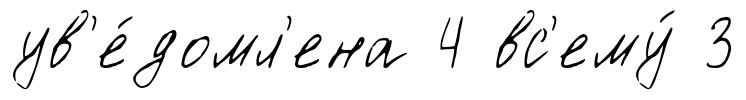
ув'е́домл'ена 4 вс'ему́ 3